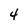
Character: 4